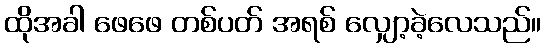
ထိုအခါ ဖေဖေ တစ်ပတ် အရစ် လျှော့ခဲ့လေသည်။